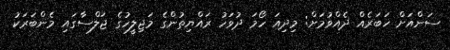
ސަންއަށް ޚަބަރެއް ދެއްވުމަށް: މިދިއަ ހޯމަ ދުވަހު ރައްޔިތުންގެ މަޖިލީހުގެ ޖަލްސާގައި މެންބަރަކު